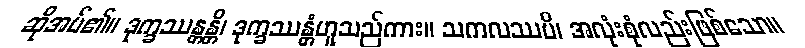
ဆိုအပ်၏။ ဒုက္ခဿန္တန္တိ၊ ဒုက္ခဿန္တံဟူသည်ကား။ သကလဿပိ၊ အလုံးစုံလည်းဖြစ်သော။